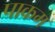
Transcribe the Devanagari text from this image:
पाकम